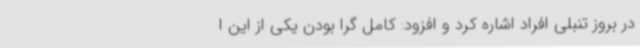
در بروز تنبلی افراد اشاره کرد و افزود: کامل گرا بودن یکی از این ا